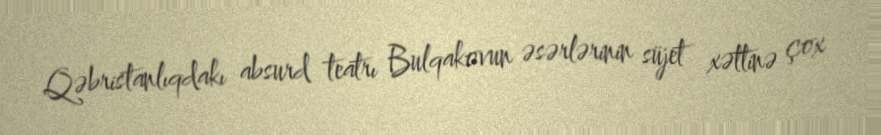
Qəbristanlıqdakı absurd teatrı Bulqakovun əsərlərinin süjet xəttinə çox